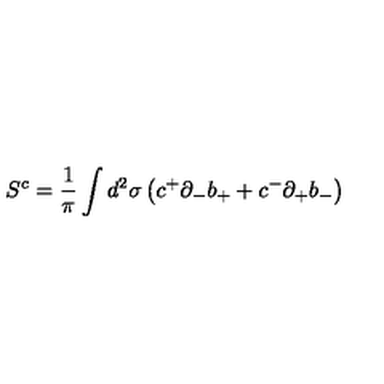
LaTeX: S ^ { c } = \frac { 1 } { \pi } \int d ^ { 2 } \sigma \left( c ^ { + } { \partial } _ { - } b _ { + } + c ^ { - } { \partial } _ { + } b _ { - } \right)